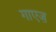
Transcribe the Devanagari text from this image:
गाएज़